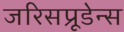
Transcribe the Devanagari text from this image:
जरिसप्रूडेन्स